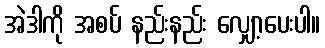
အဲဒါကို အစပ် နည်းနည်း လျှော့ပေးပါ။